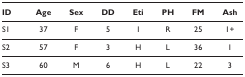
<table><thead><tr><td><b>ID</b></td><td><b>Age</b></td><td><b>Sex</b></td><td><b>DD</b></td><td><b>Eti</b></td><td><b>PH</b></td><td><b>FM</b></td><td><b>Ash</b></td></tr></thead><tbody><tr><td>S1</td><td>37</td><td>F</td><td>5</td><td>I</td><td>R</td><td>25</td><td>1+</td></tr><tr><td>S2</td><td>57</td><td>F</td><td>3</td><td>H</td><td>L</td><td>36</td><td>1</td></tr><tr><td>S3</td><td>60</td><td>M</td><td>6</td><td>H</td><td>L</td><td>22</td><td>3</td></tr></tbody></table>